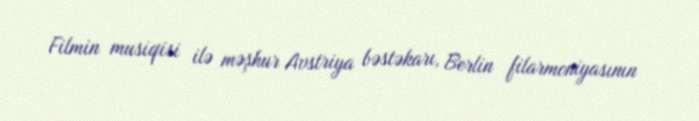
Filmin musiqisi ilə məşhur Avstriya bəstəkarı, Berlin filarmoniyasının